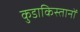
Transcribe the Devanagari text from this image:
कुडाकिस्तानों